Annual administration report of the Civil Veterinary Department, Sind - 1940-1941
Year: 1940
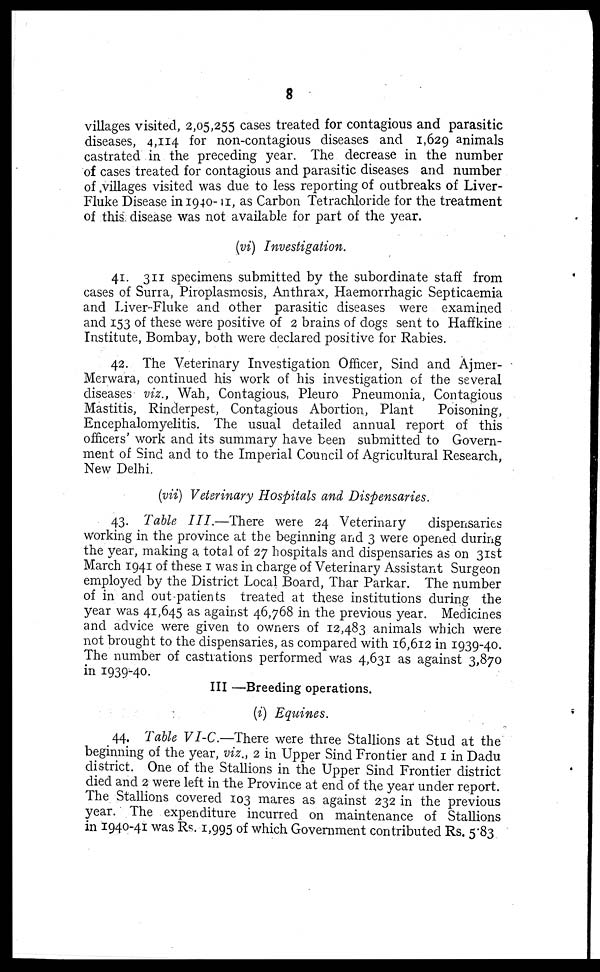
8
villages visited, 2,05,255 cases treated for contagious and parasitic
diseases, 4,114 for non-contagious diseases and 1,629 animals
castrated in the preceding year. The decrease in the number
of cases treated for contagious and parasitic diseases and number
of villages visited was due to less reporting of outbreaks of Liver-
Fluke Disease in 1940-11, as Carbon Tetrachloride for the treatment
of this disease was not available for part of the year.
(vi) Investigation.
41. 311 specimens submitted by the subordinate staff from
cases of Surra, Piroplasmosis, Anthrax, Haemorrhagic Septicaemia
and Liver-Fluke and other parasitic diseases were examined
and 153 of these were positive of 2 brains of dogs sent to Haffkine
Institute, Bombay, both were declared positive for Rabies.
42. The Veterinary Investigation Officer, Sind and Ajmer-
Merwara, continued his work of his investigation of the several
diseases viz., Wah, Contagious, Pleuro Pneumonia, Contagious
Mastitis, Rinderpest, Contagious Abortion, Plant
Poisoning,
Encephalomyelitis. The usual detailed annual report of this
officers' work and its summary have been submitted to Govern-
ment of Sind and to the Imperial Council of Agricultural Research,
New Delhi.
(vii) Veterinary Hospitals and Dispensaries.
43. Table III.—There
were 24 Veterinary
dispensaries
working in the province at the beginning and 3 were opened during
the year, making a total of 27 hospitals and dispensaries as on 31st
March 1941 of these 1 was in charge of Veterinary Assistant Surgeon
employed by the District Local Board, Thar Parkar. The number
of in and out-patients treated at these institutions during the
year was 41,645 as against 46,768 in the previous year. Medicines
and advice were given to owners of 12,483 animals which were
not brought to the dispensaries, as compared with 16,612 in 1939-40.
The number of castrations performed was 4,631 as against 3,870
in 1939-40.
III —Breeding operations.
(i) Equines.
44. Table VI-C.—There were three Stallions at Stud at the
beginning of the year, viz., 2 in Upper Sind Frontier and 1 in Dadu
district. One of the Stallions in the Upper Sind Frontier district
died and 2 were left in the Province at end of the year under report.
The Stallions covered 103 mares as against 232 in the previous
year. The expenditure incurred on maintenance of Stallions
in 1940-41 was Rs. 1,995 of which Government contributed Rs. 5.83